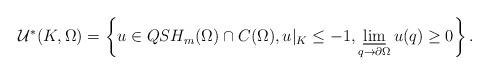
LaTeX: \begin{align*}\begin{aligned}\mathcal{U}^*(K,\Omega)=\left\{u\in QSH_m(\Omega)\cap C(\Omega), u\vert_{K}\leq -1 , \varliminf_{q\to \partial\Omega} u(q)\geq 0 \right \}.\end{aligned}\end{align*}